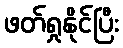
ဖတ်ရှုနိုင်ပြီး